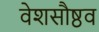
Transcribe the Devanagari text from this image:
वेशसौष्ठव